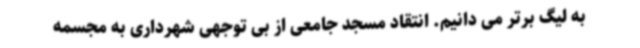
به لیگ برتر می دانیم. انتقاد مسجد جامعی از بی توجهی شهرداری به مجسمه